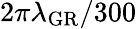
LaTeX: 2\pi\lambda_{\mathrm{GR}}/300